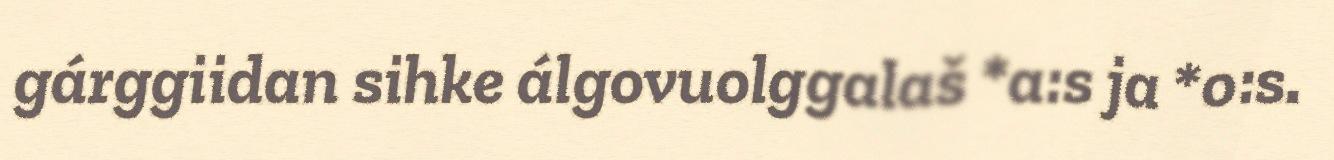
gárggiidan sihke álgovuolggalaš *a:s ja *o:s.